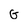
Character: G